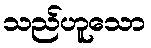
သည်ဟူသော